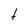
Character: t